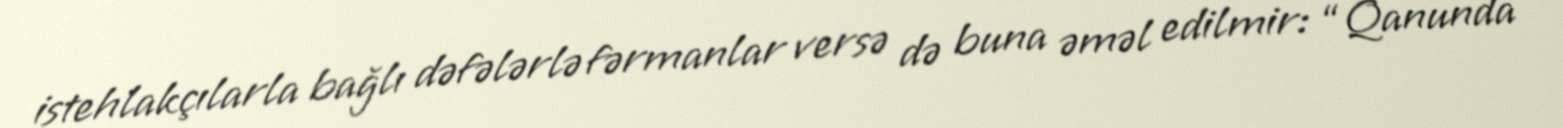
istehlakçılarla bağlı dəfələrlə fərmanlar versə də buna əməl edilmir: “Qanunda